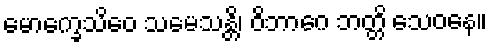
မောက္ခေသိဝေ သမေသန္တိ၊ ဝိဘာဂေ ဘတ္တိ သေဝနေ။